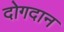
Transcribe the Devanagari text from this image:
दोगदान